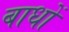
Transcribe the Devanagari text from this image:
बाधों